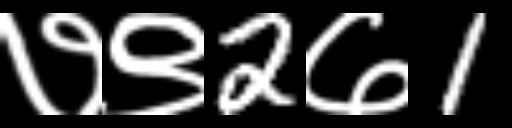
Text: ७९2७1